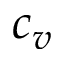
c _ { v }